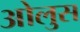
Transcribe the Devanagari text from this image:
ओलुस